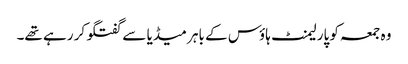
وہ جمعہ کو پارلیمنٹ ہاؤس کے باہر میڈیا سے گفتگو کر رہے تھے۔